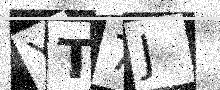
Text: YT7J